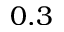
0 . 3